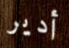
أدير